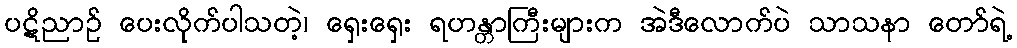
ပဋိညာဉ် ပေးလိုက်ပါသတဲ့၊ ရှေးရှေး ရဟန္တာကြီးများက အဲဒီလောက်ပဲ သာသနာ တော်ရဲ့